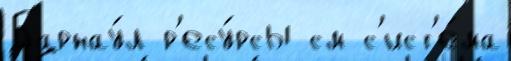
Барнау́л р'есу́рсы см с'ист'е́ма